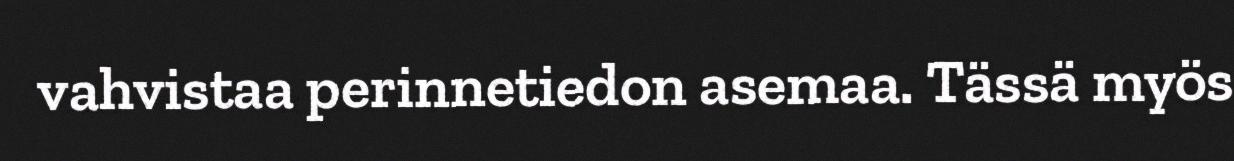
vahvistaa perinnetiedon asemaa. Tässä myös